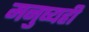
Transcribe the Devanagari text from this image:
मनुष्यही